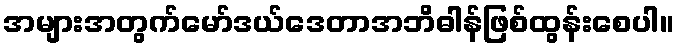
အများအတွက်မော်ဒယ်ဒေတာအဘိဓါန်ဖြစ်ထွန်းစေပါ။